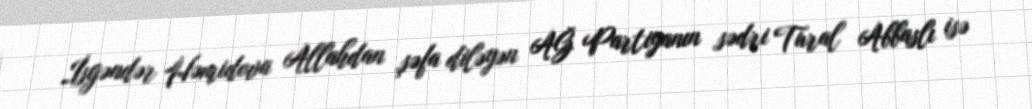
İsgəndər Həmidova Allahdan şəfa diləyən AĞ Partiyanın sədri Tural Abbaslı isə